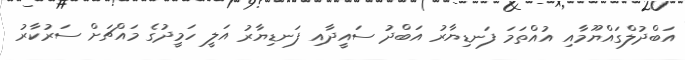
އަބްދުލްގައްޔޫމާއި އުއްތަމަ ފަނޑިޔާރު އަބްދު ސައީދާއި ފަނޑިޔާރު އަލީ ހަމީދުގެ މައްޗަށް ސަރުކާރު